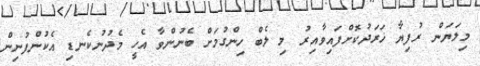
މިލަޔަން ރުފިޔާ ޚަރަދުކޮށްފައިވާއިރު މި ލެބް ހިންގުމަށް ބެނުންވާ އެހީ މެދުނުކެނޑި އެކުންފުނިން